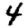
Digit: 4